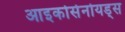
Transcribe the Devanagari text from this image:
आइकोसेनोयड्स